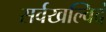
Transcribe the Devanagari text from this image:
सर्वखल्विदं